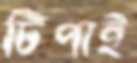
টিপাই